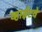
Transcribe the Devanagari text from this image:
व्हाईटवे